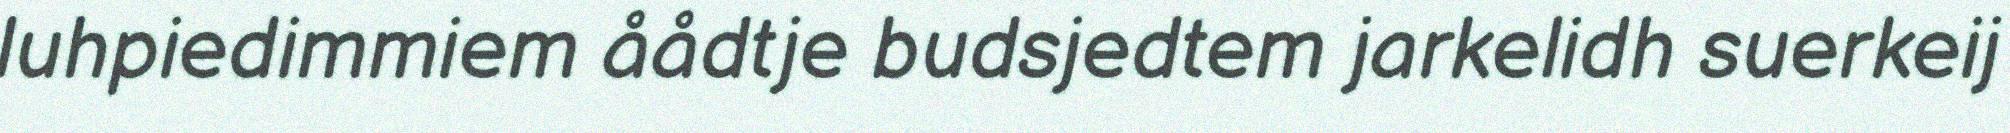
luhpiedimmiem åådtje budsjedtem jarkelidh suerkeij